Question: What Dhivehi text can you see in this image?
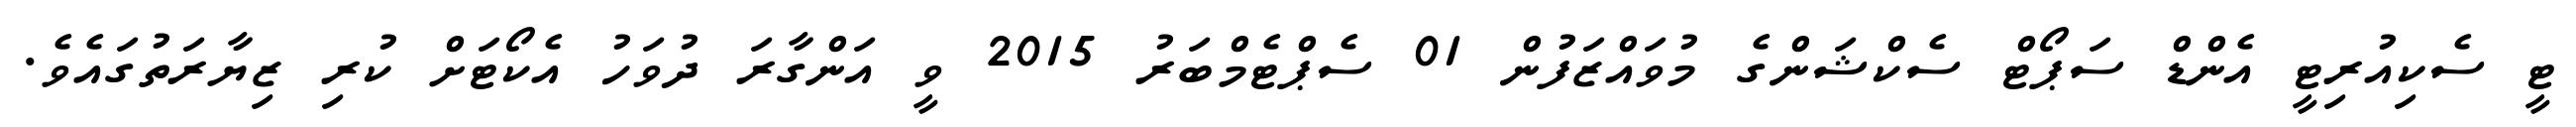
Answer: ޓީ ސެކިއުރިޓީ އެންޑް ސަޕޯޓް ސެކްޝަންގެ މުވައްޒަފުން 01 ސެޕްޓެމްބަރު 2015 ވީ އަންގާރަ ދުވަހު އެކޯޓަށް ކުރި ޒިޔާރަތުގައެވެ.